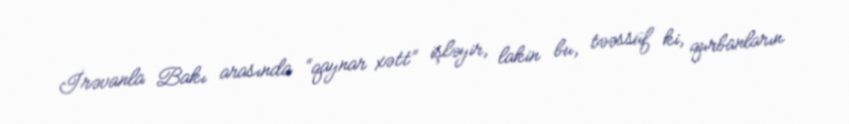
İrəvanla Bakı arasında “qaynar xətt” işləyir, lakin bu, təəssüf ki, qurbanların